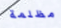
مظلمة